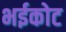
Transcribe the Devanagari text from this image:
भईकोट